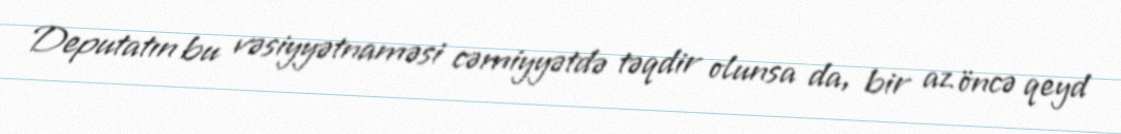
Deputatın bu vəsiyyətnaməsi cəmiyyətdə təqdir olunsa da, bir az öncə qeyd